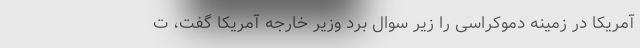
آمریکا در زمینه دموکراسی را زیر سوال برد وزیر خارجه آمریکا گفت، ت